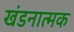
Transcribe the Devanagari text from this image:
खंडनात्मक